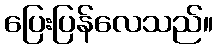
ပြေးပြန်လေသည်။